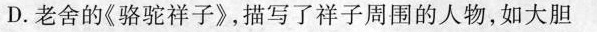
D.老舍的《骆驼祥子》，描写了祥子周围的人物，如大胆